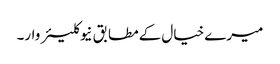
میرے خیال کےمطابق نیوکلیئر وار۔